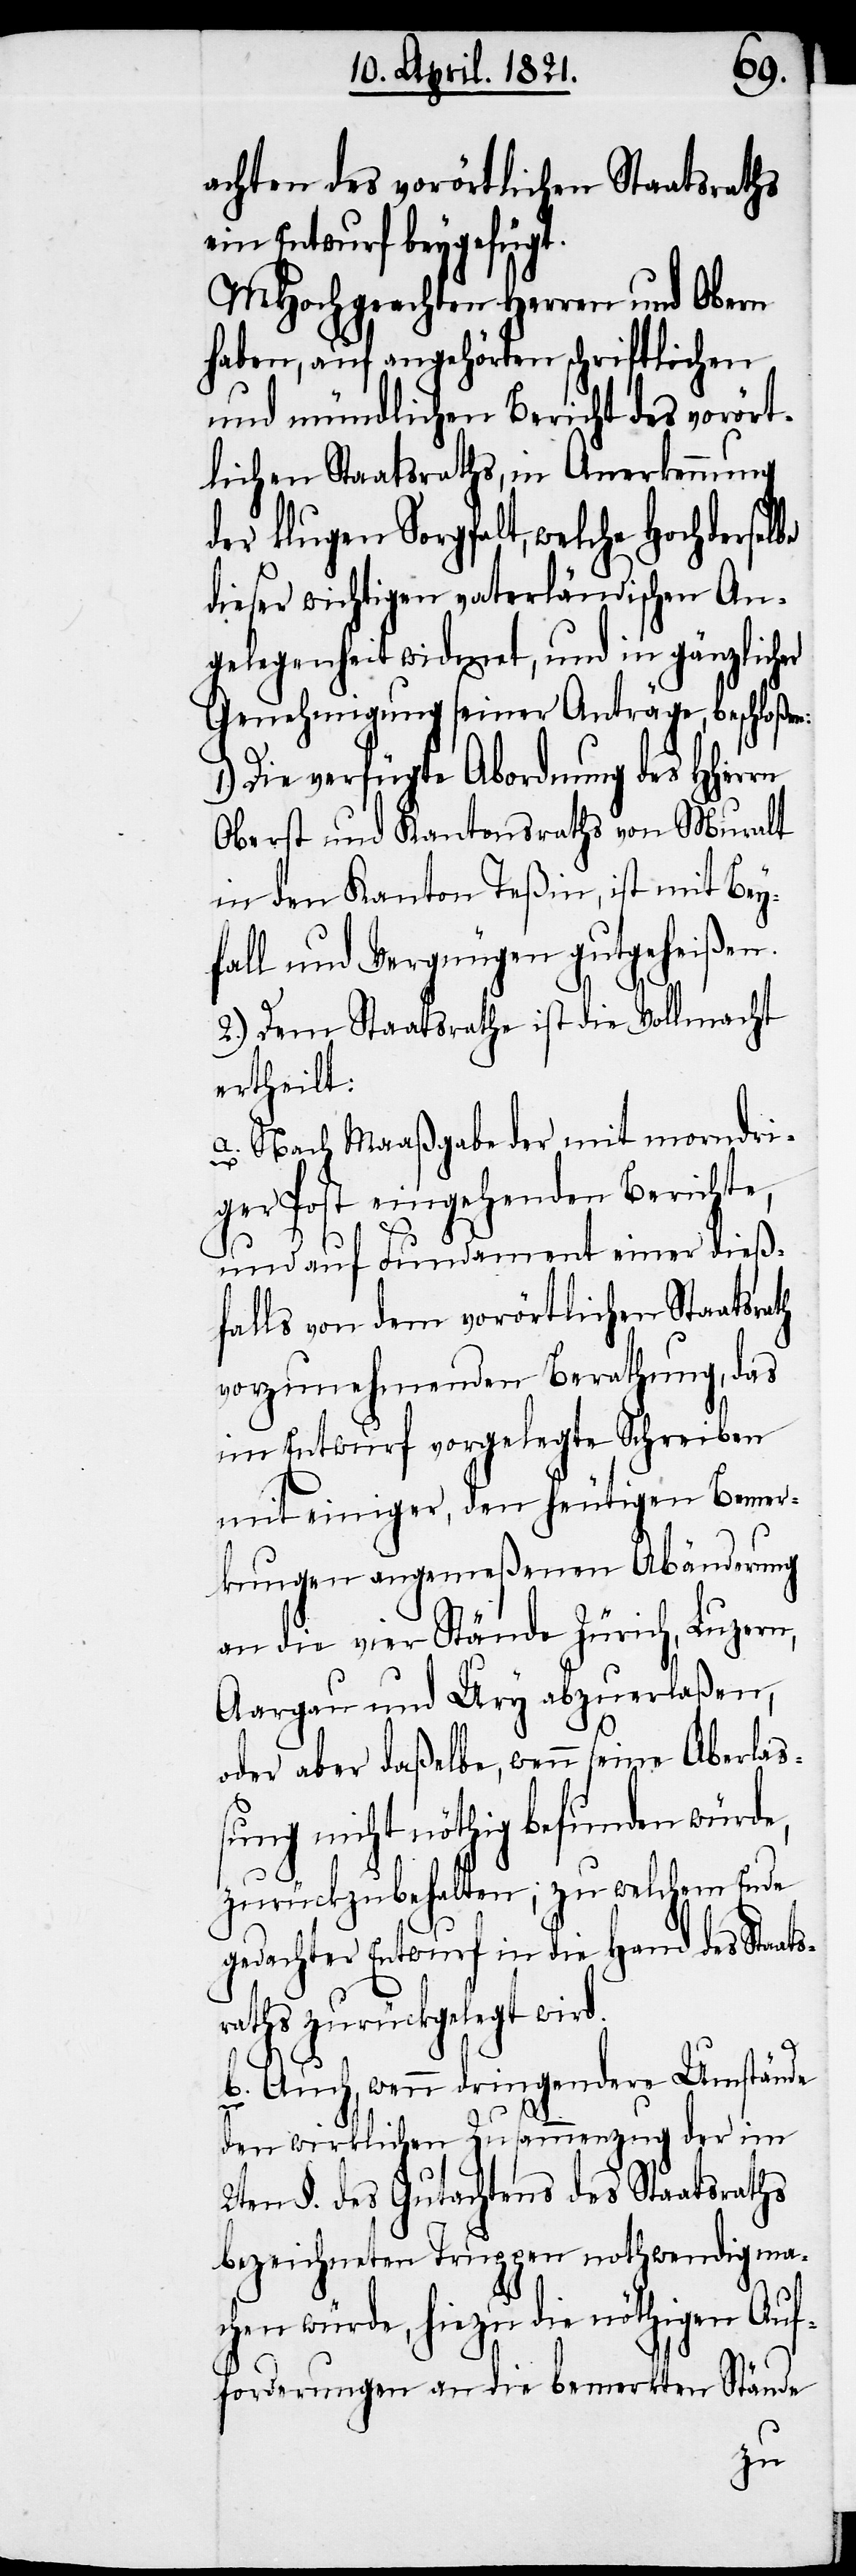
achten des vorörtlichen Staatsraths
ein Entwurf beygefügt.
MHochgeachten Herren und Obern
haben, auf angehörten schriftlichen
und mündlichen Bericht des vorört¬
lichen Staatsraths, in Anerkennung
der klugen Sorgfalt, welche Hochdersel¬
dieser wichtigen vaterländischen An¬
gelegenheit widmet, und in gänzlicher
Genehmigung seiner Anträge, beschloßen:
Die verfügte Abordnung des HHerrn
Oberst und Kantonsraths von Muralt
in den Kanton Teßin, ist mit Bey¬
fall und Vergnügen gutgeheißen.
2.) Dem Staatsrathe ist die Vollmacht
ertheilt:
a. Nach Maaßgabe der mit morndri¬
s¬
ger Post eingehenden Berichte,
und auf Fundament einer dieß¬
falls von dem vorörtlichen Staatsra¬
vorzunehmenden Berathung, das
im Entwurf vorgelegte Schreiben
mit einiger, den heutigen Bemer¬
kungen angemeßenen Abänderung
an die vier Stände Zürich, Luzern,
Aargau und Ury abzuerlaßen,
oder aber daßelbe, wenn seine Aberlaß¬
ung nicht nöthig befunden würde,
zurückzubehalten; zu welchem Ende
gedachter Entwurf in die Hand des Staat¬
rathes zurückgelegt wird.
b. Auch, wenn dringendere Umstände
den wirklichen Zusammenzug der im
2ten §. des Gutachtens des Staatsraths
bezeichneten Truppen nothwendig mac¬
hen würde, hiezu die nöthigen Auf¬
forderungen an die bemerkten Stände